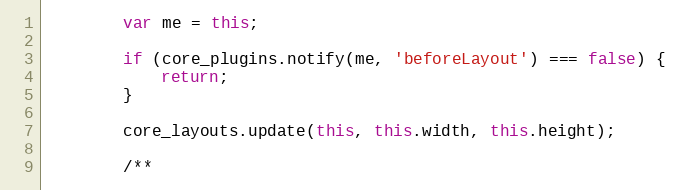
Language: JavaScript
		var me = this;

		if (core_plugins.notify(me, 'beforeLayout') === false) {
			return;
		}

		core_layouts.update(this, this.width, this.height);

		/**